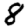
Digit: 8